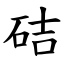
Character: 硈